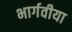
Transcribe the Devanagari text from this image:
भार्गवीया